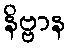
နိဗ္ဗာန